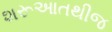
શરૂઆતથીજ